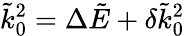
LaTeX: \tilde{k}_{0}^{2}=\Delta\tilde{E}+\delta\tilde{k}_{0}^{2}